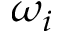
\omega _ { i }